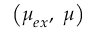
\left( \boldsymbol { \mu } _ { e x } , ~ \boldsymbol { \mu } \right)